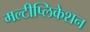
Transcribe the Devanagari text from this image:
मल्टीप्लिकेशन